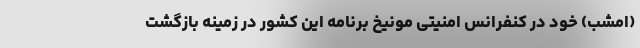
(امشب) خود در کنفرانس امنیتی مونیخ برنامه این کشور در زمینه بازگشت